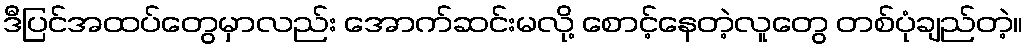
ဒီပြင်အထပ်တွေမှာလည်း အောက်ဆင်းမလို့ စောင့်နေတဲ့လူတွေ တစ်ပုံချည်တဲ့။